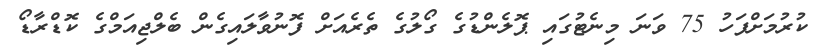
ކުރުމަށްފަހު 75 ވަނަ މިނެޓުގައި ޕޮލެންޑުގެ ގޯލުގެ ތެރެއަށް ފޮނުވާލައިގެން ބެލްޖިއަމްގެ ކޮޑްރާޑޯ